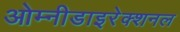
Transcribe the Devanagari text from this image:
ओम्नीडाइरेक्शनल